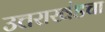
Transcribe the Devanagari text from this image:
उत्तराखंडचा